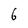
Character: 6